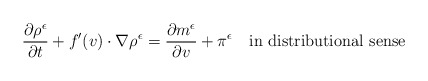
\begin{align*}\frac{\partial \rho^\epsilon}{\partial t}+f'(v)\cdot\nabla\rho^\epsilon=\frac{\partial m^\epsilon}{\partial v}+\pi^\epsilon\quad\mbox{in distributional sense}\end{align*}